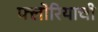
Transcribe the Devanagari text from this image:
फ्लोरियाची